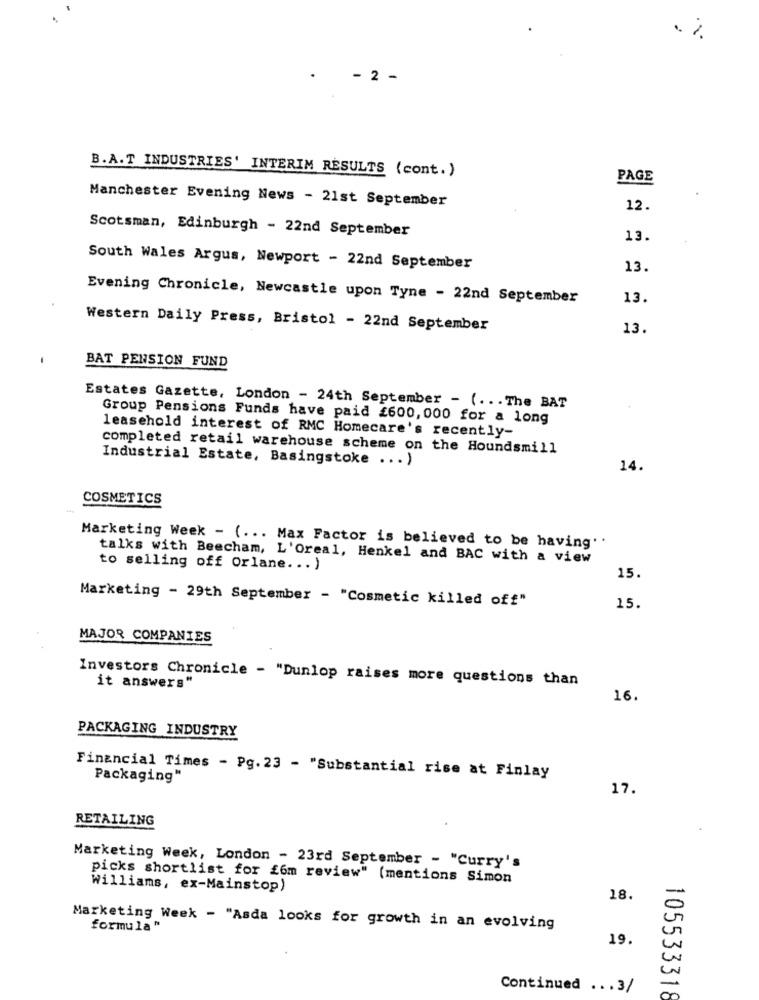
. %
2 -
B.A.T INDUSTRIES' INTERIM RESULTS (cont.)
PAGE
Manchester Evening News - 21st September
12.
Scotsman, Edinburgh - 22nd September
13.
South Wales Argus, Newport - 22nd September
13.
Evening Chronicle, Newcastle upon Tyne - 22nd September
13.
Western Daily Press, Bristol - 22nd September
13.
BAT PENSION FUND
Estates Gazette, London - 24th September - ( ... The BAT
Group Pensions Funds have paid £600, 000 for a long
leasehold interest of RMC Homecare's recently-
completed retail warehouse scheme on the Houndsmill
Industrial Estate, Basingstoke ... )
14.
COSMETICS
Marketing Week - ( ... Max Factor is believed to be having".
talks with Beecham, L'Oreal, Henkel and BAC with a view
to selling off Orlane ... )
15.
Marketing - 29th September - "Cosmetic killed off"
15.
MAJOR COMPANIES
Investors Chronicle - "Dunlop raises more questions than
it answers"
16.
PACKAGING INDUSTRY
Financial Times - Pg. 23 - "Substantial rise at Finlay
Packaging"
17.
RETAILING
Marketing Week, London - 23rd September - "Curry's
picks shortlist for £6m review" (mentions Simon
Williams, ex-Mainstop)
-
18.
0
Marketing Week - "Asda looks for growth in an evolving
formula"
19.
in
Continued ... 3/
-
105533318